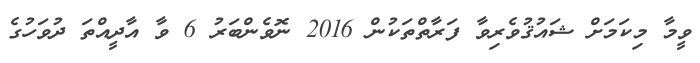
ވީމާ މިކަމަށް ޝައުޤުވެރިވާ ފަރާތްތަކުން 2016 ނޮވެންބަރު 6 ވާ އާދީއްތަ ދުވަހުގެ